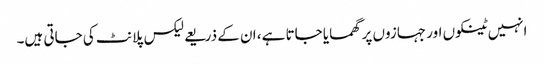
انہیں ٹینکوں اور جہازوں پر گھمایا جاتا ہے، ان کے ذریعے لیکس پلانٹ کی جاتی ہیں۔